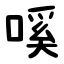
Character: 嗘